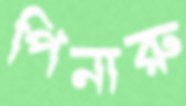
পিনারু